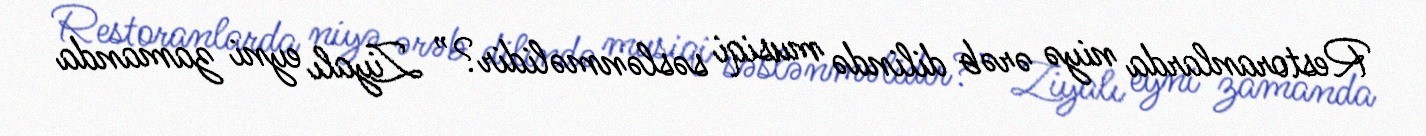
Restoranlarda niyə ərəb dilində musiqi səslənməlidir?” Ziyalı eyni zamanda